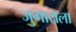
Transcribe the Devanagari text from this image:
जुगाराला